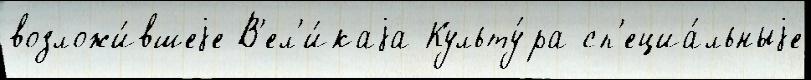
возложи́вшеjе В'ел'и́каjа Культу́ра сп'ециа́льныjе